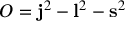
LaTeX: O = { \bf j } ^ { 2 } - { \bf l } ^ { 2 } - { \bf s } ^ { 2 }